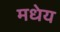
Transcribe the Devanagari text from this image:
मधेय